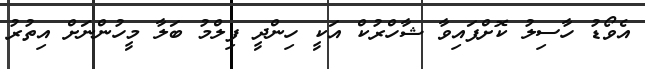
އެވޯޑު ހާސިލު ކޮށްފައިވާ ޝާހްރުކް އަކީ ހިންދީ ފިލްމު ބަލާ މީހުންނަށް އިތުރު